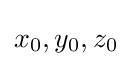
x_{0},y_{0},z_{0}